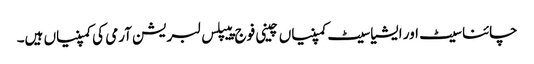
چائنا سیٹ اور ایشیا سیٹ کمپنیاں چینی فوج پیپلس لبریشن آرمی کی کمپنیاں ہیں۔